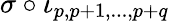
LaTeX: \sigma\circ\iota_{p,p+1,...,p+q}